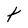
Character: t